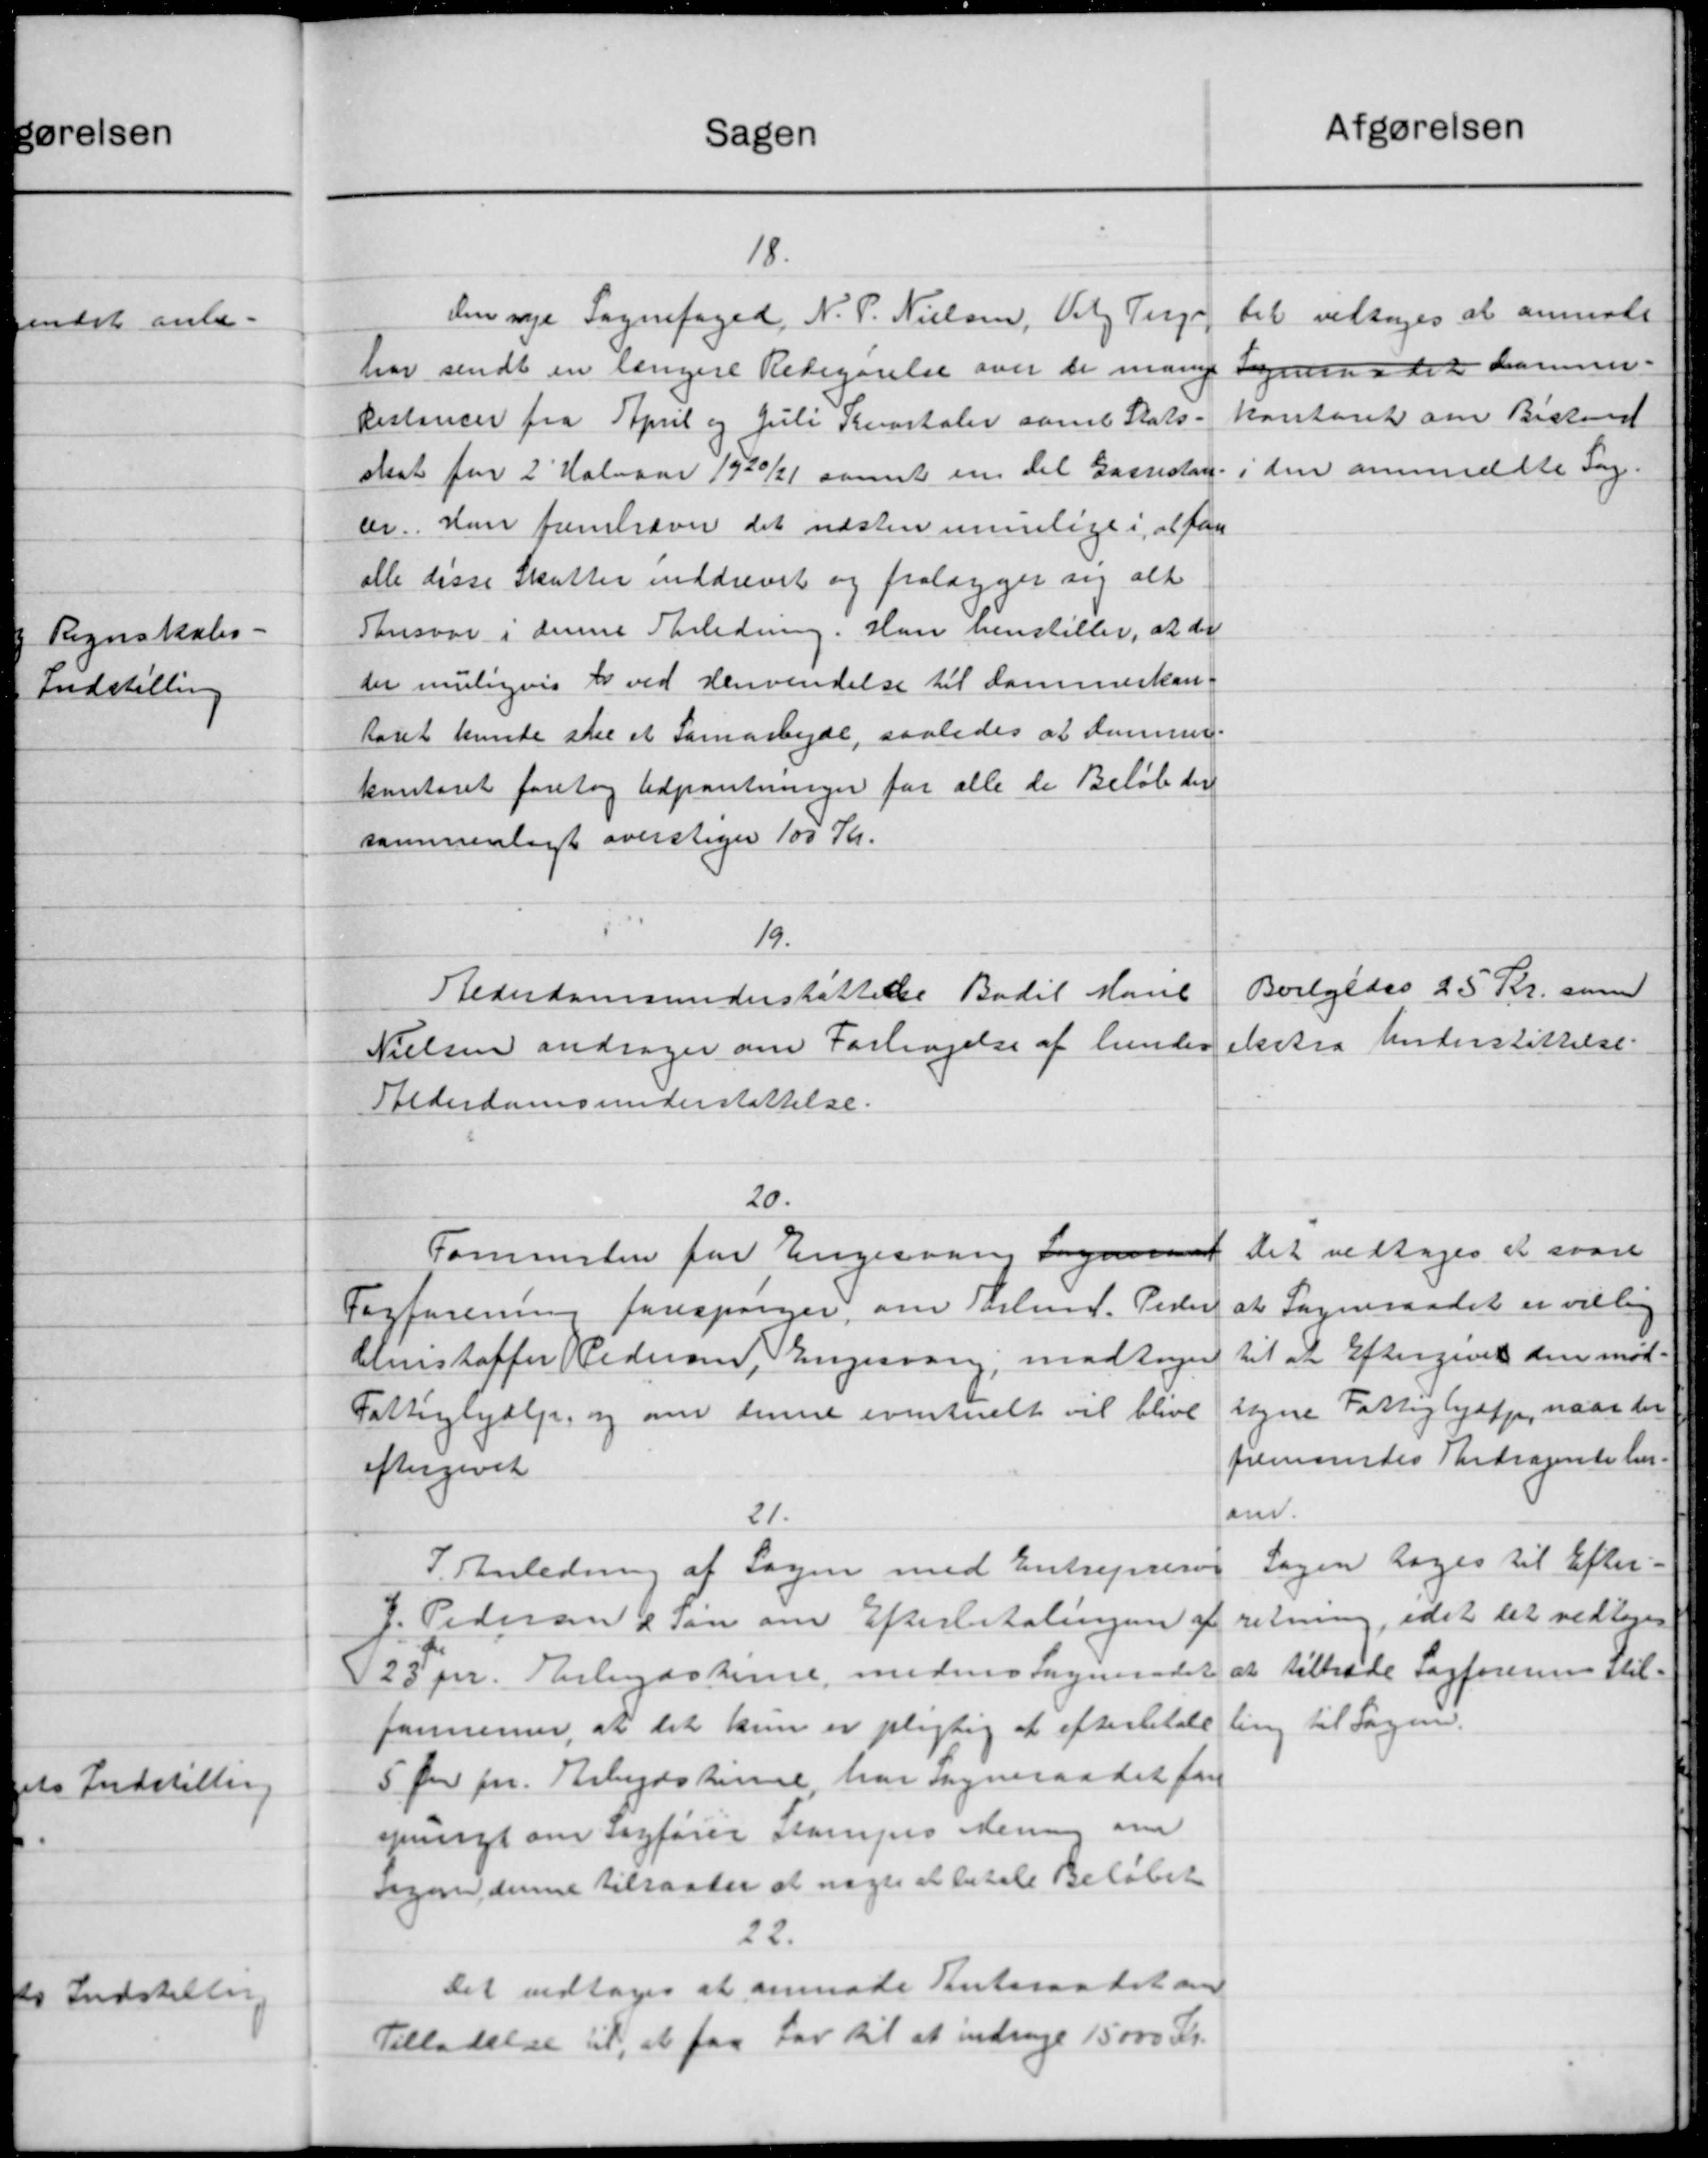
Transskription:
afgørelsen
Sagen
18.
Det vedtoges at anmode
den nye Sognefoged, N. P. Nielsen, Valg Terp
Sogneraadet kommer-
har sendt en længere Redegørelse over de mang
kontoret om Bistand
Restancer fra April og Juli Kvartaler samt Stats-
den anmeldte Sag
skat for 2' Halvaar 1920/21 samt en det Gassistan
ar. Han fremhave det næsten mulige i at fan
alle disse Skatter inddrevet og fralægger sig alt
Tansvar i denne Anledning. Han henstiller, at der
der muligvis er ved Henvendelse til dammerkon-
Aaret kunde stil et Samarbejde, saaledes at demmer.
kontoret foretog Udpantninger for alle de Beløb der
sammenlagt overstager 100 Kr.
19.
Bvilgedes 25 Kr. som
Alderdomsunderstøttelse Bodil Mane
Nielsen andrager om Forlagelse af hunder ekstra Understøttelse.
Alderdomsunderstøttelse.
20.
Det vedtoges at svare
Tommesten for Engesaar Sogneraad
at Sogneraadet er villig
Fagforening forespørger om Tilmd. Peder
til at Eftergivet den mød-
Christoffer Pedersen, Tingsvang, modtager
tagne Fattighjælp, naar der
Fattighjælp, og om denne eventuelt vil blive
fremsendes Andragende her-
eftergivet
om.
21.
Sagen tages til Efter-
I Anledning af Sagen med Entreprese
retning, idet det vedtoges
J. Pedersen & Søn om Efterbetalingen af
at tiltræde Sagforening Stil-
25 pr. Erbedsterne, medens Sogneraadet
ling til Sogne
fanerner, at det kun er pligtig at efterbetale
5 Øre pr. Arbejdstine, har Sogneraadet for
spurgt om Sagfører stampes Mening om
ngen denne tilsagter at nogle at betale Beløbet
22.
Det vedtoges at anmode Amtsraadet om
Tilladelse til, at faa Lov til at indrage 15000 Kr.